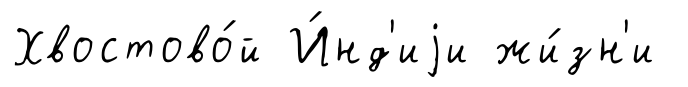
Хвостово́й И́нд'иjи жи́зн'и